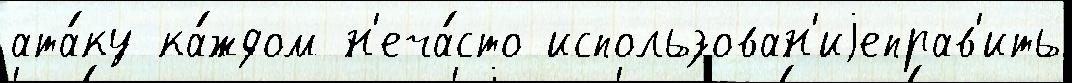
ата́ку ка́ждом н'еча́сто использован'иjеправ'ить